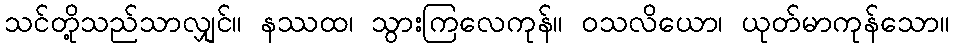
သင်တို့သည်သာလျှင်။ နဿထ၊ သွားကြလေကုန်။ ဝသလိယော၊ ယုတ်မာကုန်သော။